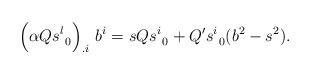
LaTeX: \begin{align*}\Big(\alpha Qs^l_{\ 0}\Big)_{.i}\ b^i=sQs^i_{\ 0}+Q's^i_{\ 0}(b^2-s^2).\end{align*}